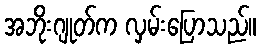
အဘိုးဂျုတ်က လှမ်းပြောသည်။